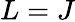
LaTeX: L=J